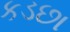
કડછા